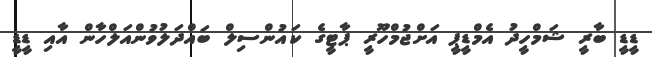
ޑީޑީ ބާރީ ޝަމްހީދު އެމްޑީޕީ އަށްޖުމްހޫރީ ޕާޓީގެ ކައުންސިލް ބައްދަލުވުންއަލްހާން އާއި ޑީޑީ